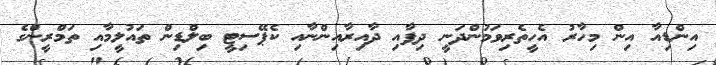
އިންޑިއާ އިން މިހާރު އެހީތެރިވަމުންދަނީ ދިފާއި ދާއިރާއިންނާއި ކެޕޭސިޓީ ބިލްޑިން ތައުލީމާއި ތަމްރީންގެ